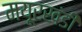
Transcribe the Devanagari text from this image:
मयूरखंडी